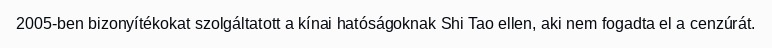
2005-ben bizonyítékokat szolgáltatott a kínai hatóságoknak Shi Tao ellen, aki nem fogadta el a cenzúrát.